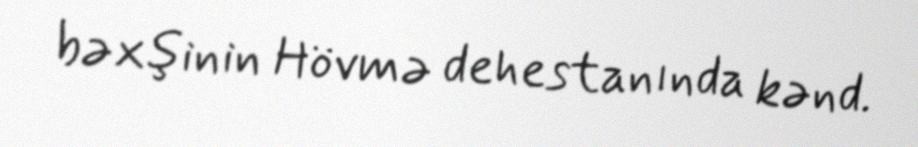
bəxşinin Hövmə dehestanında kənd.